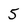
Character: 5